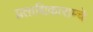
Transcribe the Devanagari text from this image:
प्रताधिकाराम्चे